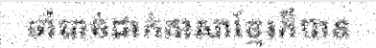
ចាំបាច់ដាក់ភាសាខ្មែរក៏បាន